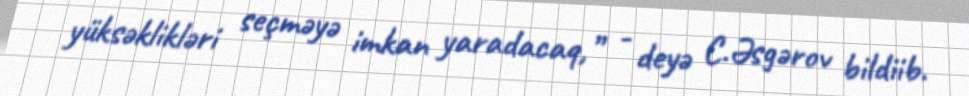
yüksəklikləri seçməyə imkan yaradacaq,” - deyə C.Əsgərov bildiib.